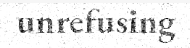
unrefusing